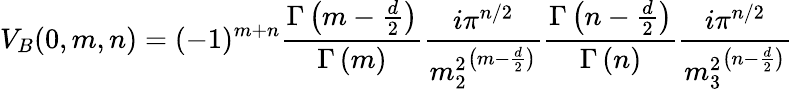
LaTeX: V_{B}(0,m,n)=(-1)^{m+n}\frac{\Gamma\left(m-\frac{d}{2}\right)}{\Gamma\left(m\right)}\frac{i\pi^{n/2}}{{m_{2}^{2}}^{\left(m-\frac{d}{2}\right)}}\frac{\Gamma\left(n-\frac{d}{2}\right)}{\Gamma\left(n\right)}\frac{i\pi^{n/2}}{{m_{3}^{2}}^{\left(n-\frac{d}{2}\right)}}